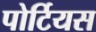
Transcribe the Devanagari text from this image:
पोर्टियस